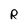
Character: R